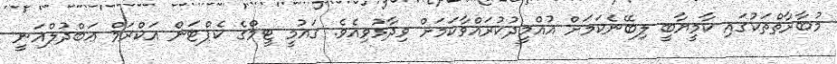
މުބާރާތްތަކުގައި ކާމީޔާބީ ލިބޭނެކަމަށް އުއްމީދުކުރައްވާކަމަށް ވިދާޅުވިއެވެ. ގައުމީ ޓީމްގެ ކެޕްޓަން އަކްރަމް ޢަބްދުލްޣަނީ